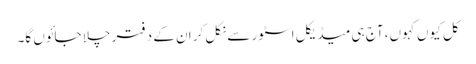
کل کیوں کہوں، آج ہی میڈیکل اسٹور سے نکل کر ان کے دفتر چلا جائوں گا۔